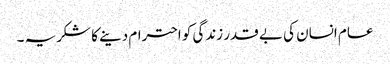
عام انسان کی بے قدر زندگی کو احترام دینے کا شکریہ ۔